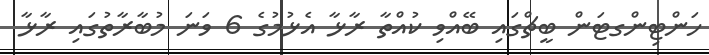
ހަންޓިންގޓަން ބީޗްގައި ބޭއްވި ކުއްތާ ރާޅާ އެޅުމުގެ 6 ވަނަ މުބާރާތުގައި ރާޅާ